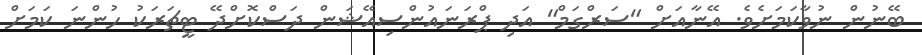
ބޭނުން ނުވާކަމަށެވެ. އޭނާއަށް "ސަރްގަމް" އަދި ޕްރަނައުންސިއޭޝަން ދަސްކޮށްދޭ ޓީޗަރަކު ހުންނަ ކަމަށް